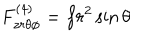
F _ { z r \theta \phi } ^ { ( 4 ) } = f r ^ { 2 } \sin { \theta }